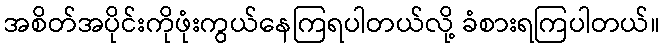
အစိတ်အပိုင်းကိုဖုံးကွယ်နေကြရပါတယ်လို့ ခံစားရကြပါတယ်။